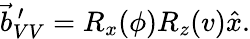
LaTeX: \vec{b}_{VV}^{\, \prime}=R_{x}(\phi)R_{z}(v)\hat{x}.